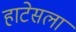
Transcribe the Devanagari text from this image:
हाटेसला